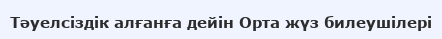
Тәуелсіздік алғанға дейін Орта жүз билеушілері